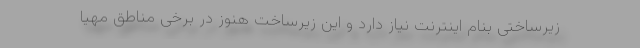
زیرساختی بنام اینترنت نیاز دارد و این زیرساخت هنوز در برخی مناطق مهیا